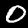
Label: 0